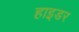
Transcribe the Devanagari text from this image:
हाइडर